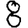
Digit: 8